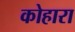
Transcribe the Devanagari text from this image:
कोहारा